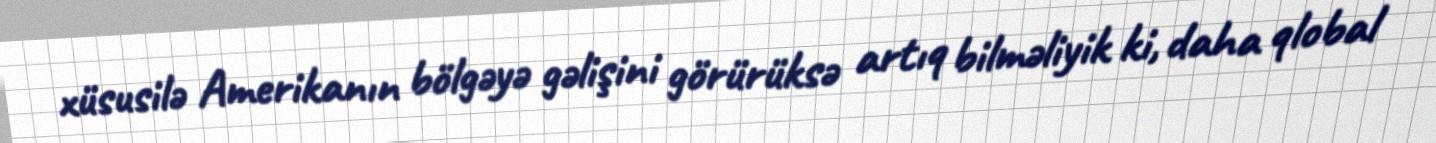
xüsusilə Amerikanın bölgəyə gəlişini görürüksə artıq bilməliyik ki, daha qlobal